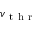
v _ { \mathrm { ~ t ~ h ~ r ~ } }